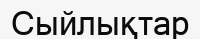
Сыйлықтар